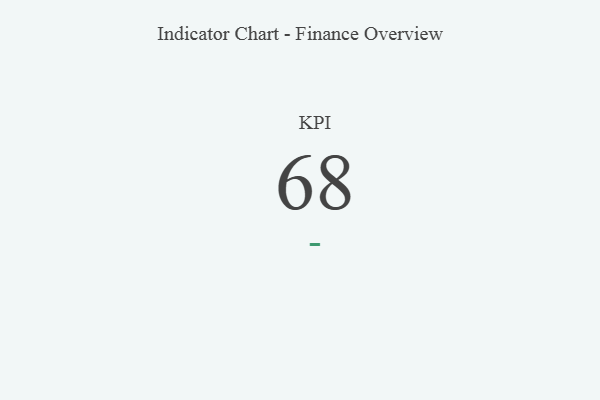
{"axis": {"x": "KPI", "y": "Value"}, "legend": [""], "data": [{"x": "KPI", "y": 68, "type": ""}]}